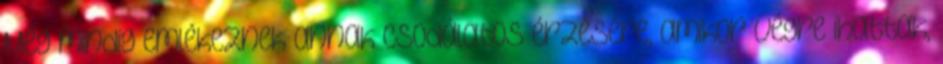
Még mindig emlékeznek annak csodálatos érzésére, amikor végre ihattak,